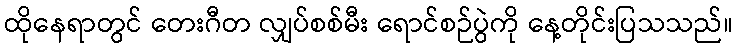
ထိုနေရာတွင် တေးဂီတ လျှပ်စစ်မီး ရောင်စဉ်ပွဲကို နေ့တိုင်းပြသသည်။